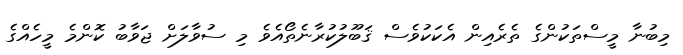
މިބުނާ މީސްތަކުންގެ ތެރެއިން އެކަކުވެސް ޤަބޫލުކުރާނެތޯއެވެ މި ސުވާލަށް ޖަވާބު ކޮންމެ މީހެއްގެ